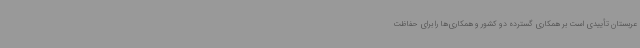
عربستان تأییدی است بر همکاری گسترده دو کشور و همکاری‌ها را برای حفاظت